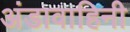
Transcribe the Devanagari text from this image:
अंडावाहिनी